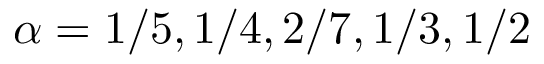
\alpha = 1 / 5 , 1 / 4 , 2 / 7 , 1 / 3 , 1 / 2